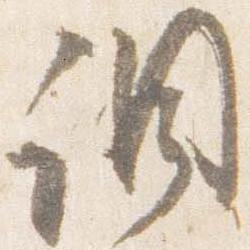
調